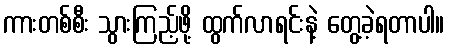
ကားတစ်စီး သွားကြည့်ဖို့ ထွက်လာရင်းနဲ့ တွေ့ခဲ့ရတာပါ။